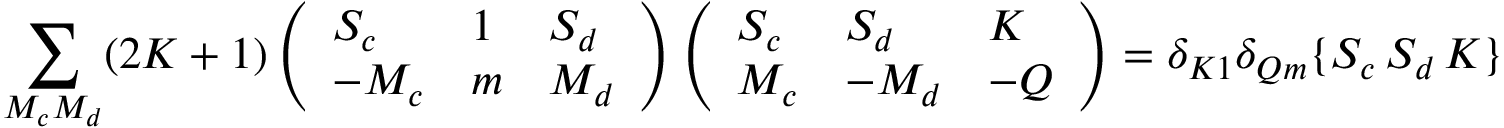
\sum _ { M _ { c } M _ { d } } ( 2 K + 1 ) \left( \begin{array} { l l l } { S _ { c } } & { 1 } & { S _ { d } } \\ { - M _ { c } } & { m } & { M _ { d } } \end{array} \right) \left( \begin{array} { l l l } { S _ { c } } & { S _ { d } } & { K } \\ { M _ { c } } & { - M _ { d } } & { - Q } \end{array} \right) = \delta _ { K 1 } \delta _ { Q m } \{ S _ { c } \, S _ { d } \, K \}